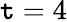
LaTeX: \mathtt{t}=4